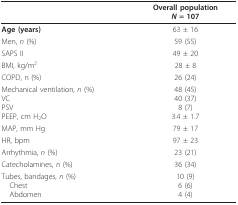
<table><thead><tr><td></td><td><b>Overall population<i>N </i>= 107</b></td></tr></thead><tbody><tr><td><b>Age (years)</b></td><td>63 ± 16</td></tr><tr><td>Men, <i>n </i>(%)</td><td>59 (55)</td></tr><tr><td>SAPS II</td><td>49 ± 20</td></tr><tr><td>BMI, kg/m<sup>2</sup></td><td>28 ± 8</td></tr><tr><td>COPD, n (%)</td><td>26 (24)</td></tr><tr><td>Mechanical ventilation, <i>n </i>(%)VCPSVPEEP, cm H<sub>2</sub>O</td><td>48 (45)40 (37)8 (7)3.4 ± 1.7</td></tr><tr><td>MAP, mm Hg</td><td>79 ± 17</td></tr><tr><td>HR, bpm</td><td>97 ± 23</td></tr><tr><td>Arrhythmia, <i>n </i>(%)</td><td>23 (21)</td></tr><tr><td>Catecholamines, <i>n </i>(%)</td><td>36 (34)</td></tr><tr><td>Tubes, bandages, <i>n </i>(%)ChestAbdomen</td><td>10 (9)6 (6)4 (4)</td></tr></tbody></table>